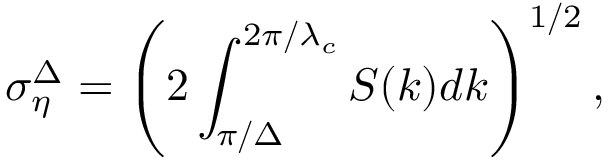
\sigma _ { \eta } ^ { \Delta } = \left( 2 \int _ { \pi / \Delta } ^ { 2 \pi / \lambda _ { c } } S ( k ) d k \right) ^ { 1 / 2 } ,